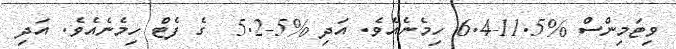
ވިޓަމިންސް %11.5-6.4 ހިމެނެއެވެ. އަދި %5-5.2  ގެ ފެޓް ހިމެނެއެވެ. އަދި